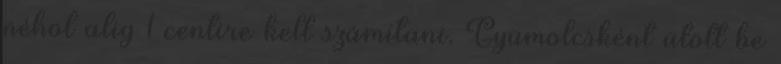
néhol alig 1 centire kell számítani. Gyümölcsként ütött be